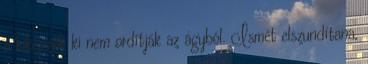
a kiképzők ki nem ordítják az ágyból. Ismét elszundítana,